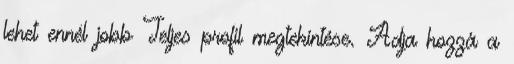
lehet ennél jobb Teljes profil megtekintése. Adja hozzá a